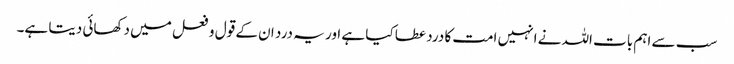
سب سے اہم بات اللہ نے انہیں امت کا درد عطا کیا ہے اور یہ درد ان کے قول و فعل میں دکھائی دیتا ہے۔